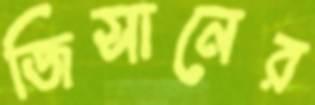
জিসানের